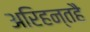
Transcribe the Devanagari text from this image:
अरिहन्तहै